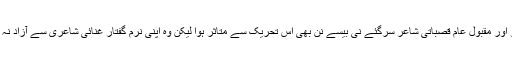
خودرو اور مقبول عام قصباتی شاعر سرگئے نی بیسے نِن بھی اس تحریک سے متاثر ہوا لیکن وہ اپنی نرم گفتار غنائی شاعری سے آزاد نہ ہوسکا۔